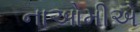
નાઓમીએ